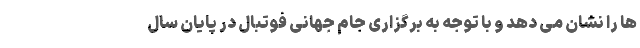
ها را نشان می دهد و با توجه به برگزاری جام جهانی فوتبال در پایان سال